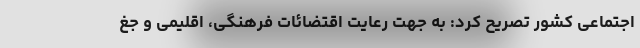
اجتماعی کشور تصریح کرد: به جهت رعایت اقتضائات فرهنگی، اقلیمی و جغ